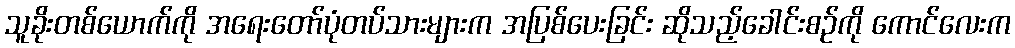
သူခိုးတစ်ယောက်ကို အရေးတော်ပုံတပ်သားများက အပြစ်ပေးခြင်း ဆိုသည့်ခေါင်းစဉ်ကို ကောင်လေးက